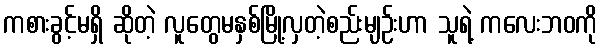
ကစားခွင့်မရှိ ဆိုတဲ့ လူတွေမနှစ်မြို့လှတဲ့စည်းမျဉ်းဟာ သူရဲ့ ကလေးဘဝကို